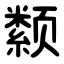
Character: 颣